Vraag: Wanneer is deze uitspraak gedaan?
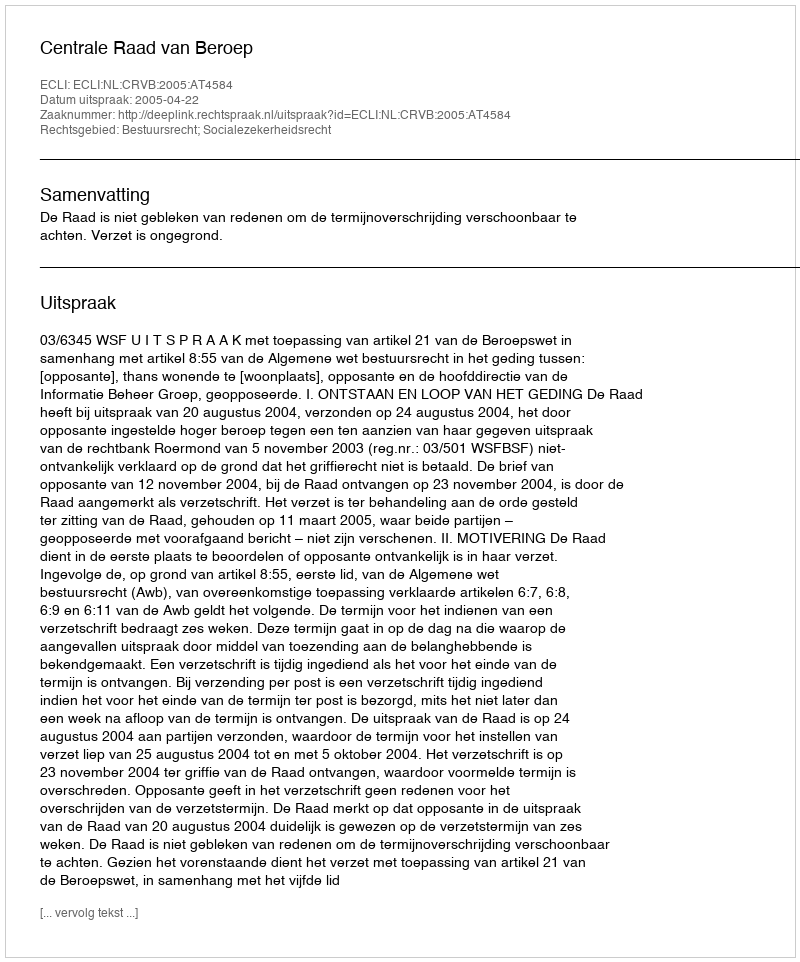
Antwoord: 2005-04-22